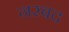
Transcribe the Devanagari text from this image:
नरबद